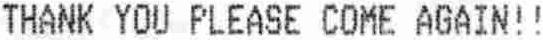
THANK YOU PLEASE COME AGAIN! !